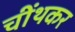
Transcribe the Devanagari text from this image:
चींथकर